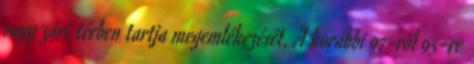
vagy zárt térben tartja megemlékezését. A korábbi 97-ről 95-re